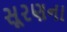
સૂરણના